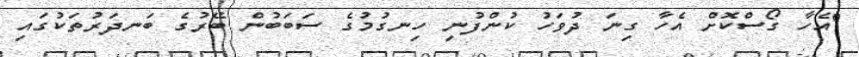
"އެހާ ގޯސްކޮށް އެހާ ގިނަ ދުވަހު ކުންފުނި ހިނގުމުގެ ސަބަބުން ބޭރުގެ ބަނދަރުތަކުގައި